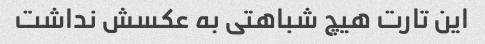
این تارت هیچ شباهتی به عکسش نداشت